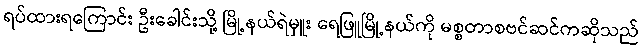
ရပ်ထားရကြောင်း ဦးခေါင်းသို့ မြို့နယ်ရဲမှူး ရေဖြူမြို့နယ်ကို မစ္စတာစဗင်ဆင်ကဆိုသည်